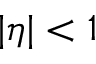
| \eta | < 1